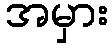
အမှား